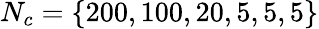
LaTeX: N_{c}=\{ 200,100,20,5,5,5\}